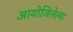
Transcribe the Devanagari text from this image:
आयोजिलेल्या